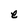
Character: e